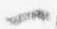
ヘ